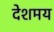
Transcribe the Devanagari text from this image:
देशमय